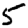
Digit: 5